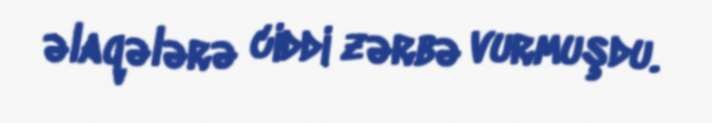
əlaqələrə ciddi zərbə vurmuşdu.